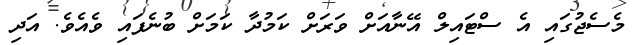
މެސެޖުގައި އެ ސްޓައިލް އޭނާއަށް ވަރަށް ކަމުދާ ކަމަށް ބުނެފައި ވެއެވެ. އަދި